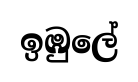
ඉඹුලේ